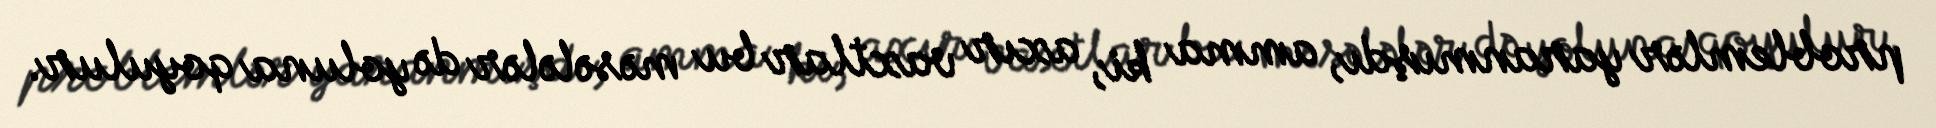
problemlər yaranmışdı, amma ki, axır vaxtlar bu məsələlər də yoluna qoyulur.